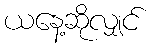
ယနေ့ဆိုလျှင်